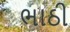
ભાઠી